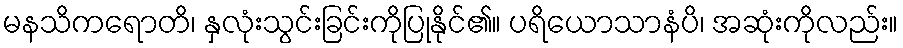
မနသိကရောတိ၊ နှလုံးသွင်းခြင်းကိုပြုနိုင်၏။ ပရိယောသာနံပိ၊ အဆုံးကိုလည်း။